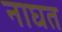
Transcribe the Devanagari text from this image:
नाघत